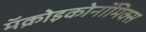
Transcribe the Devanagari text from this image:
मॅक्रोइकोनॉमिक्स